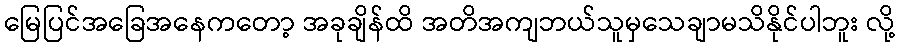
မြေပြင်အခြေအနေကတော့ အခုချိန်ထိ အတိအကျဘယ်သူမှသေချာမသိနိုင်ပါဘူး လို့